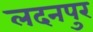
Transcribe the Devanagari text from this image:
लदनपुर